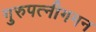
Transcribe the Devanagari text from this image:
गुरुपत्नीगमन